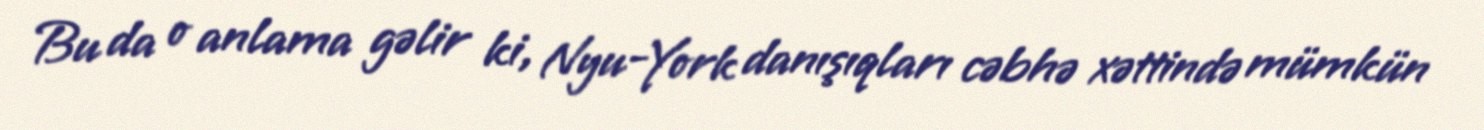
Bu da o anlama gəlir ki, Nyu-York danışıqları cəbhə xəttində mümkün